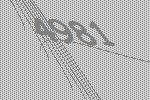
4981